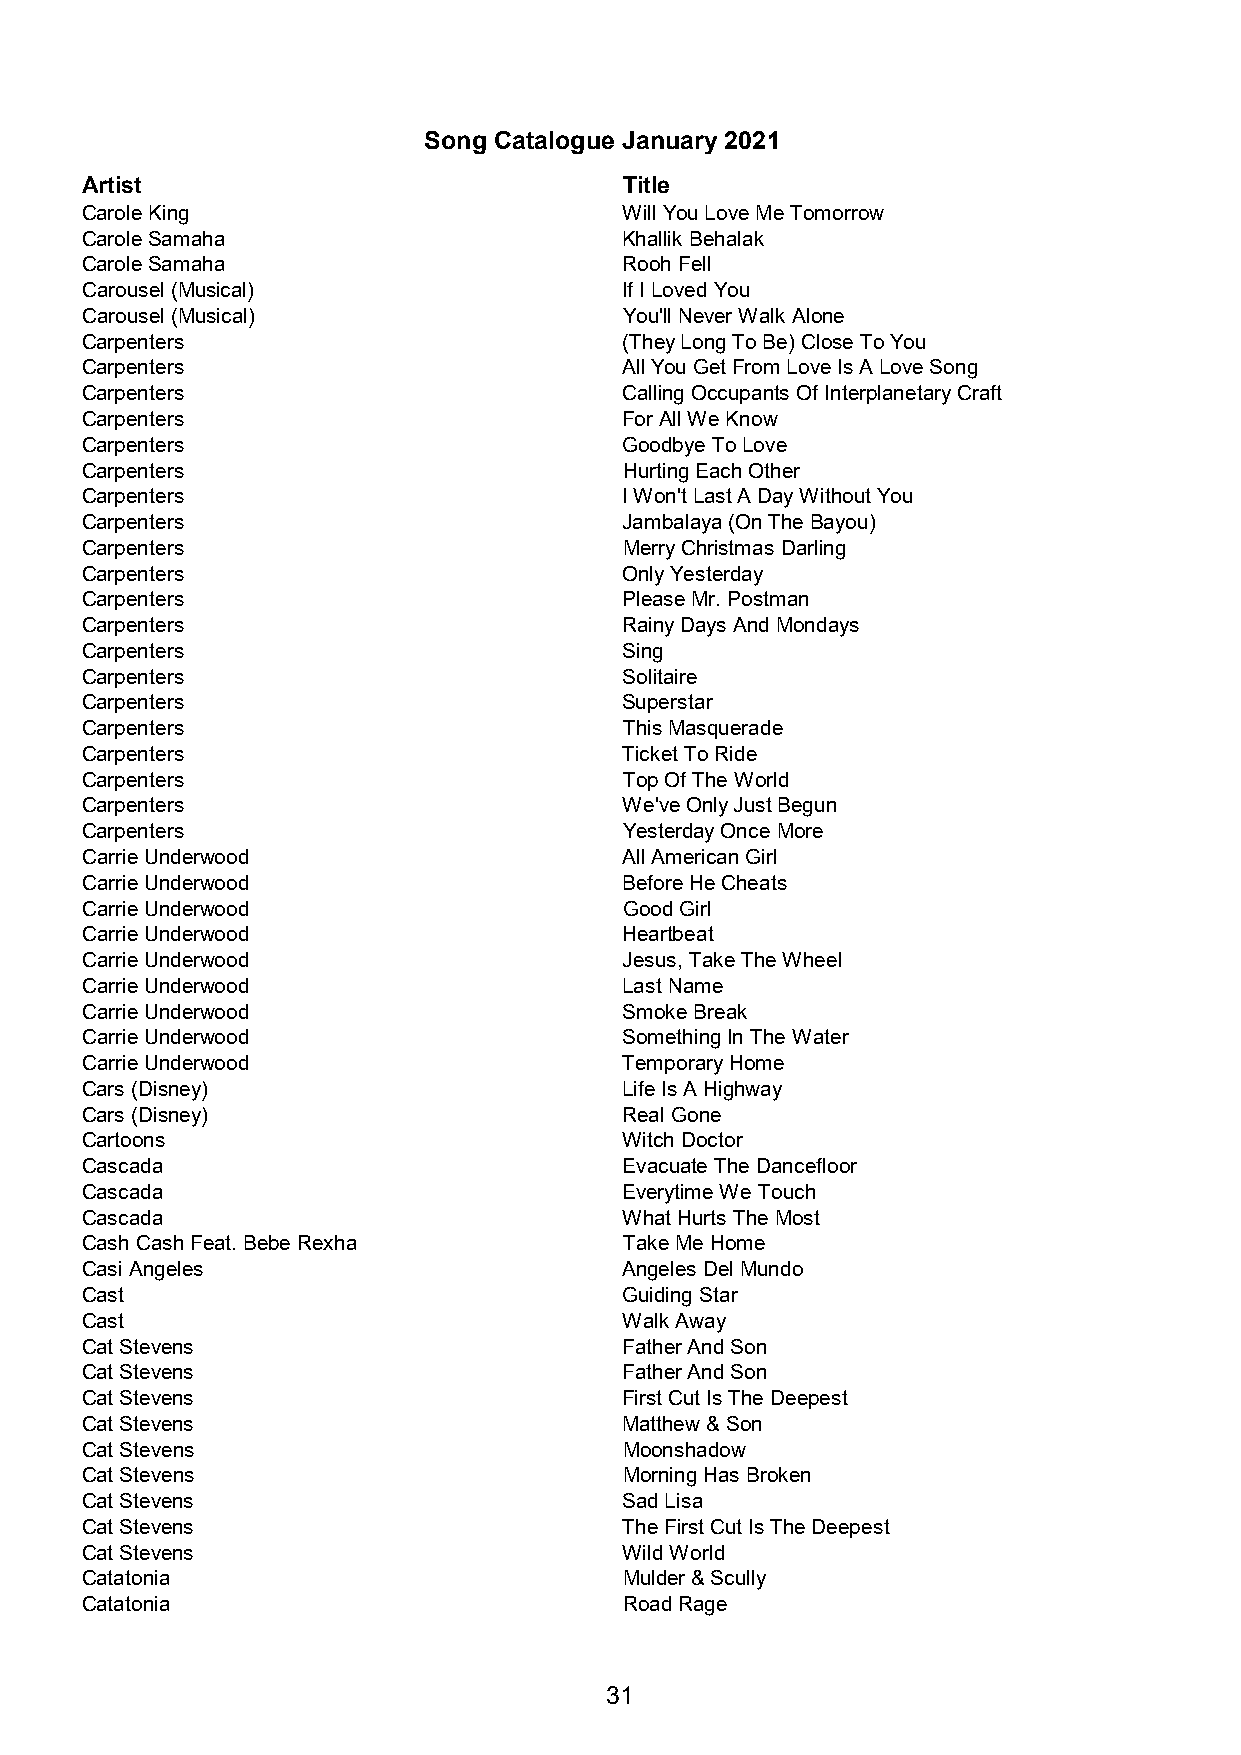
Song Catalogue January 2021
 Artist                              Title
 Carole King                         Will You Love Me Tomorrow
 Carole Samaha                       Khallik Behalak
 Carole Samaha                       Rooh Fell
 Carousel (Musical)                  If I Loved You
 Carousel (Musical)                  You'll Never Walk Alone
 Carpenters                          (They Long To Be) Close To You
 Carpenters                          All You Get From Love Is A Love Song
 Carpenters                          Calling Occupants Of Interplanetary Craft
 Carpenters                          For All We Know
 Carpenters                          Goodbye To Love
 Carpenters                          Hurting Each Other
 Carpenters                          I Won't Last A Day Without You
 Carpenters                          Jambalaya (On The Bayou)
 Carpenters                          Merry Christmas Darling
 Carpenters                          Only Yesterday
 Carpenters                          Please Mr. Postman
 Carpenters                          Rainy Days And Mondays
 Carpenters                          Sing
 Carpenters                          Solitaire
 Carpenters                          Superstar
 Carpenters                          This Masquerade
 Carpenters                          Ticket To Ride
 Carpenters                          Top Of The World
 Carpenters                          We've Only Just Begun
 Carpenters                          Yesterday Once More
 Carrie Underwood                    All American Girl
 Carrie Underwood                    Before He Cheats
 Carrie Underwood                    Good Girl
 Carrie Underwood                    Heartbeat
 Carrie Underwood                    Jesus, Take The Wheel
 Carrie Underwood                    Last Name
 Carrie Underwood                    Smoke Break
 Carrie Underwood                    Something In The Water
 Carrie Underwood                    Temporary Home
 Cars (Disney)                       Life Is A Highway
 Cars (Disney)                       Real Gone
 Cartoons                            Witch Doctor
 Cascada                             Evacuate The Dancefloor
 Cascada                             Everytime We Touch
 Cascada                             What Hurts The Most
 Cash Cash Feat. Bebe Rexha          Take Me Home
 Casi Angeles                        Angeles Del Mundo
 Cast                                Guiding Star
 Cast                                Walk Away
 Cat Stevens                         Father And Son
 Cat Stevens                         Father And Son
 Cat Stevens                         First Cut Is The Deepest
 Cat Stevens                         Matthew & Son
 Cat Stevens                         Moonshadow
 Cat Stevens                         Morning Has Broken
 Cat Stevens                         Sad Lisa
 Cat Stevens                         The First Cut Is The Deepest
 Cat Stevens                         Wild World
 Catatonia                           Mulder & Scully
 Catatonia                           Road Rage
 31